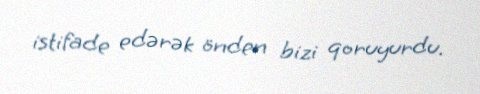
istifade edərək önden bizi qoruyurdu.